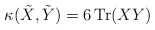
\begin{align*} \kappa(\tilde{X},\tilde{Y}) = 6 \, \mbox{Tr}(XY)\end{align*}